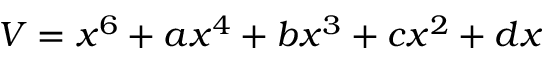
V = x ^ { 6 } + a x ^ { 4 } + b x ^ { 3 } + c x ^ { 2 } + d x